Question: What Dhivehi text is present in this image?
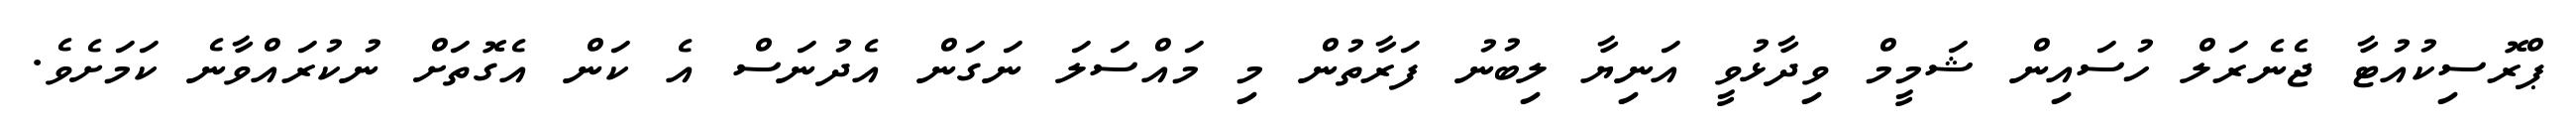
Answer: ޕްރޮސިކުއުޓާ ޖެނެރަލް ހުސައިން ޝަމީމް ވިދާޅުވީ އަނިޔާ ލިބުނު ފަރާތުން މި މައްސަލަ ނަގަން އެދުނަސް އެ ކަން އެގޮތަށް ނުކުރައްވާނެ ކަމަށެވެ.